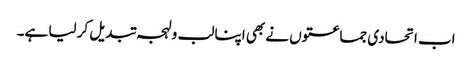
اب اتحادی جماعتوں نے بھی اپنا لب و لہجہ تبدیل کر لیا ہے۔